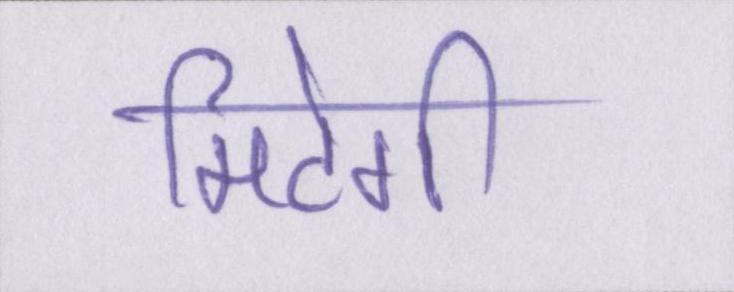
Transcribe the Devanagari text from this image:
मिटेगी